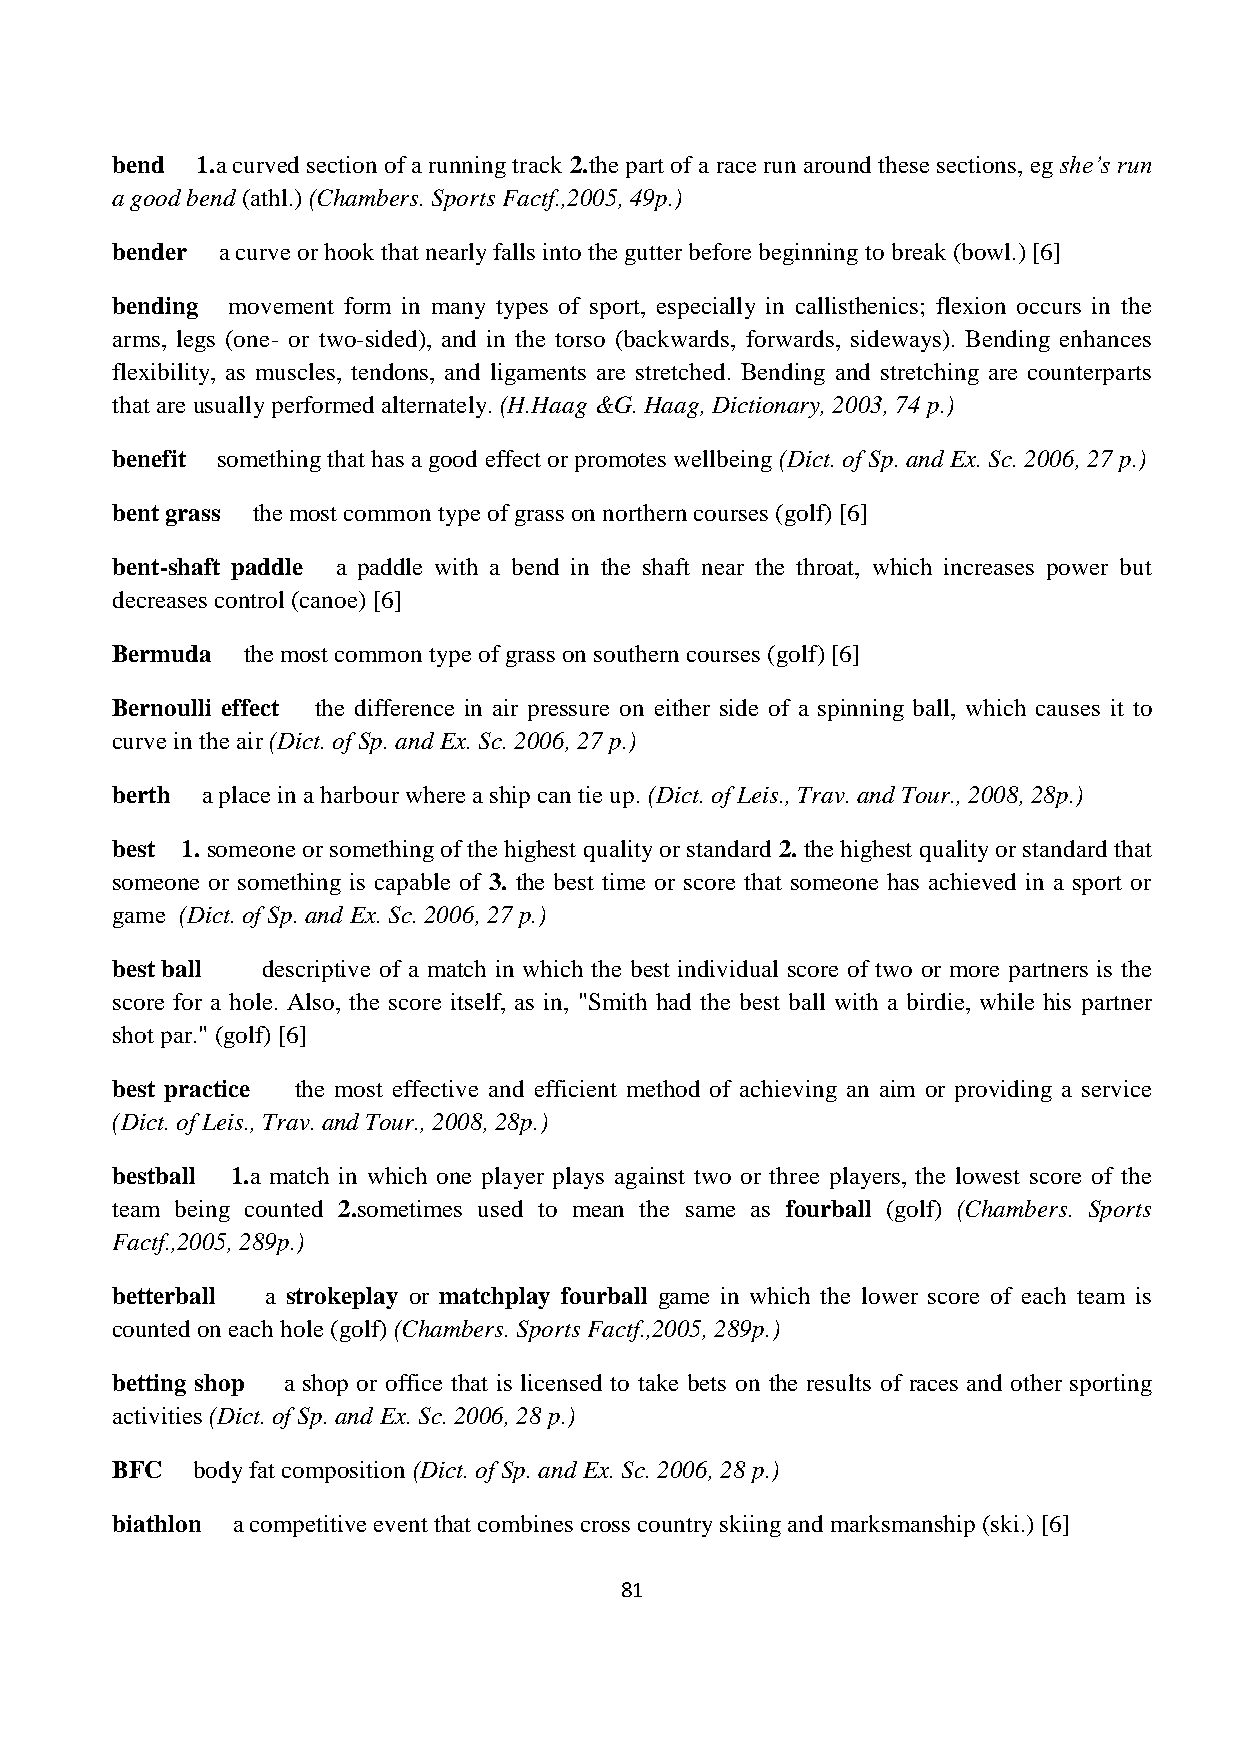
bend  1.a curved section of a running track 2.the part of a race run around these sections, eg she’s run
 a good bend (athl.) (Chambers. Sports Factf.,2005, 49p.)
 bender a curve or hook that nearly falls into the gutter before beginning to break (bowl.) [6]
 bending movement form in many types of sport, especially in callisthenics; flexion occurs in the
 arms, legs (one- or two-sided), and in the torso (backwards, forwards, sideways). Bending enhances
 flexibility, as muscles, tendons, and ligaments are stretched. Bending and stretching are counterparts
 that are usually performed alternately. (H.Haag &G. Haag, Dictionary, 2003, 74 p.)
 benefit something that has a good effect or promotes wellbeing (Dict. of Sp. and Ex. Sc. 2006, 27 p.)
 bent grass the most common type of grass on northern courses (golf) [6]
 bent-shaft paddle a paddle with a bend in the shaft near the throat, which increases power but
 decreases control (canoe) [6]
 Bermuda  the most common type of grass on southern courses (golf) [6]
 Bernoulli effect the difference in air pressure on either side of a spinning ball, which causes it to
 curve in the air (Dict. of Sp. and Ex. Sc. 2006, 27 p.)
 berth a place in a harbour where a ship can tie up. (Dict. of Leis., Trav. and Tour., 2008, 28p.)
 best 1. someone or something of the highest quality or standard 2. the highest quality or standard that
 someone or something is capable of 3. the best time or score that someone has achieved in a sport or
 game (Dict. of Sp. and Ex. Sc. 2006, 27 p.)
 best ball descriptive of a match in which the best individual score of two or more partners is the
 score for a hole. Also, the score itself, as in, "Smith had the best ball with a birdie, while his partner
 shot par." (golf) [6]
 best practice the most effective and efficient method of achieving an aim or providing a service
 (Dict. of Leis., Trav. and Tour., 2008, 28p.)
 bestball 1.a match in which one player plays against two or three players, the lowest score of the
 team being counted 2.sometimes used to mean the same as fourball (golf) (Chambers. Sports
 Factf.,2005, 289p.)
 betterball a strokeplay or matchplay fourball game in which the lower score of each team is
 counted on each hole (golf) (Chambers. Sports Factf.,2005, 289p.)
 betting shop a shop or office that is licensed to take bets on the results of races and other sporting
 activities (Dict. of Sp. and Ex. Sc. 2006, 28 p.)
 BFC   body fat composition (Dict. of Sp. and Ex. Sc. 2006, 28 p.)
 biathlon a competitive event that combines cross country skiing and marksmanship (ski.) [6]
 81